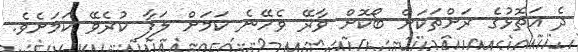
ދެ އަތޮޅުގެ ރަށްތަކަށް ބޯކޮށް ވާރޭ ވެހޭނެ ކަމަށް ލަފާ ކުރެވޭ ކަމަށެވެ.